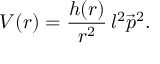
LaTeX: V ( r ) = \frac { h ( r ) } { r ^ { 2 } } \, l ^ { 2 } \vec { p } ^ { 2 } .